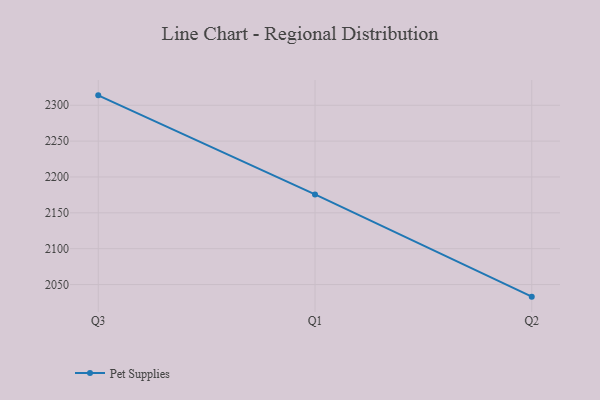
{"axis": {"x": "Quarter", "y": "Revenue (USD Million)"}, "legend": ["Pet Supplies"], "data": [{"x": "Q3", "y": 2313.8, "type": "Pet Supplies"}, {"x": "Q1", "y": 2175.6, "type": "Pet Supplies"}, {"x": "Q2", "y": 2033.1, "type": "Pet Supplies"}]}